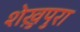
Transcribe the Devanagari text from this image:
शेख़ुपुरा